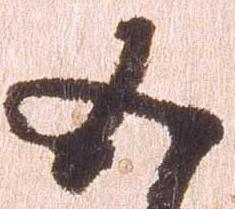
五